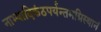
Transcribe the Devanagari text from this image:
नाभ्यादिकंठपर्यन्तमग्निस्थानं